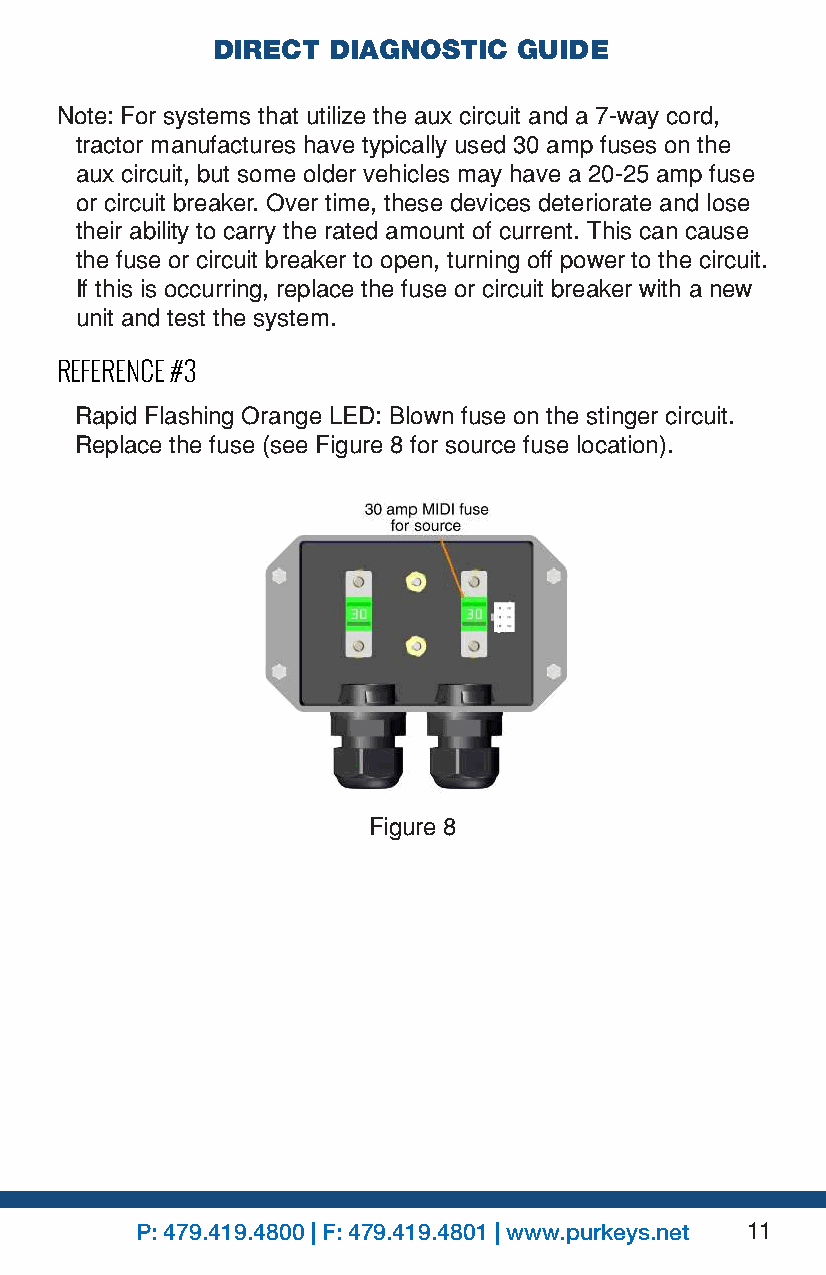
DIRECT  DIAGNOSTIC  GUIDE
 Note: For systems that utilize the aux circuit and a 7-way cord,
 tractor manufactures have typically used 30 amp fuses on the
 aux circuit, but some older vehicles may have a 20-25 amp fuse
 or circuit breaker. Over time, these devices deteriorate and lose
 their ability to carry the rated amount of current. This can cause
 the fuse or circuit breaker to open, turning off power to the circuit.
 If this is occurring, replace the fuse or circuit breaker with a new
 unit and test the system.
 REFERENCE #3
 Rapid Flashing Orange LED: Blown fuse on the stinger circuit.
 Replace the fuse (see Figure 8 for source fuse location).
 Figure 8
 P: 479.419.4800 | F: 479.419.4801 | www.purkeys.net 11